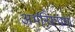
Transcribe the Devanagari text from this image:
अर्थनिरूपण